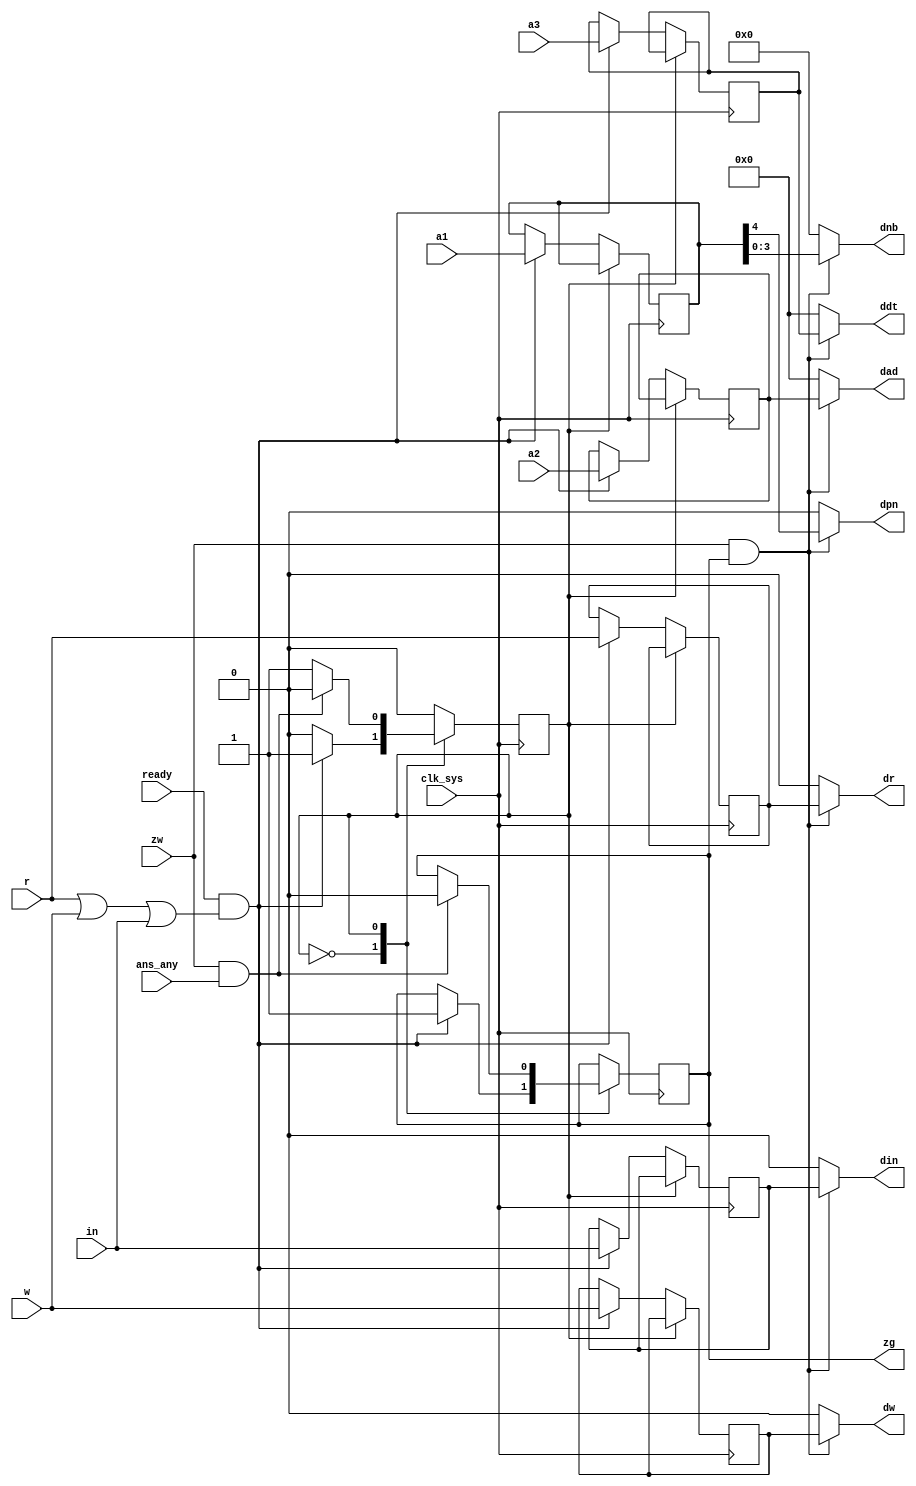
module drv_bus_req(
	input clk_sys,
	input ready,
	input r,
	input w,
	input in,
	input [0:7] a1,
	input [0:15] a2,
	input [0:15] a3,
	input zw,
	output reg zg,
	input ans_any,
	output dw,
	output dr,
	output din,
	output dpn,
	output [0:3] dnb,
	output [0:15] dad,
	output [0:15] ddt
);

	// registered data input/output
	reg ir, iw, iin;
	reg [0:7] ia1;
	reg [0:15] ia2;
	reg [0:15] ia3;

	// request trigger
	wire req = ready & (r | w | in);

	localparam IDLE = 4'd0;
	localparam REQ  = 4'd1;
	reg [0:0] state = IDLE;

	always @ (posedge clk_sys) begin

		case (state)

			IDLE: begin
				if (req) begin
					ir <= r;
					iw <= w;
					iin <= in;
					ia1 <= a1;
					ia2 <= a2;
					ia3 <= a3;
					zg <= 1;
					state <= REQ;
				end
			end

			REQ: begin
				if (zw & ans_any) begin
					zg <= 0;
					state <= IDLE;
				end
			end

		endcase

	end

	wire zwzg = zw & zg;

	assign dw  = zwzg ? iw       :  1'd0;
	assign dr  = zwzg ? ir       :  1'd0;
	assign din = zwzg ? iin      :  1'd0;
	assign dpn = zwzg ? ia1[3]   :  1'd0;
	assign dnb = zwzg ? ia1[4:7] :  4'd0;
	assign dad = zwzg ? ia2      : 16'd0;
	assign ddt = zwzg ? ia3      : 16'd0;

endmodule

// vim: tabstop=2 shiftwidth=2 autoindent noexpandtab